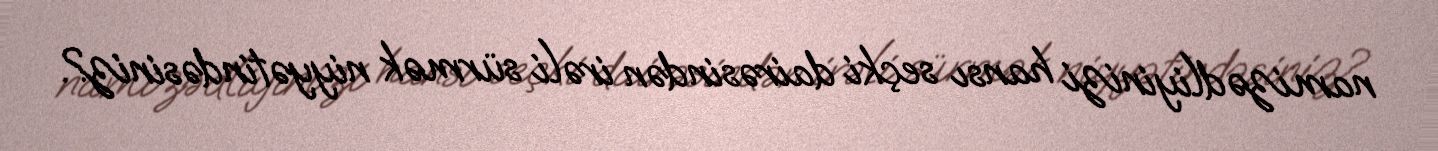
namizədliyinizi hansı seçki dairəsindən irəli sürmək niyyətindəsiniz?.